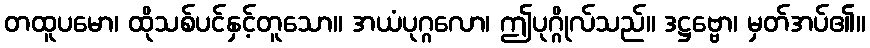
တထူပမော၊ ထိုသစ်ပင်နှင့်တူသော။ အယံပုဂ္ဂလော၊ ဤပုဂ္ဂိုလ်သည်။ ဒဋ္ဌဗ္ဗော၊ မှတ်အပ်၏။